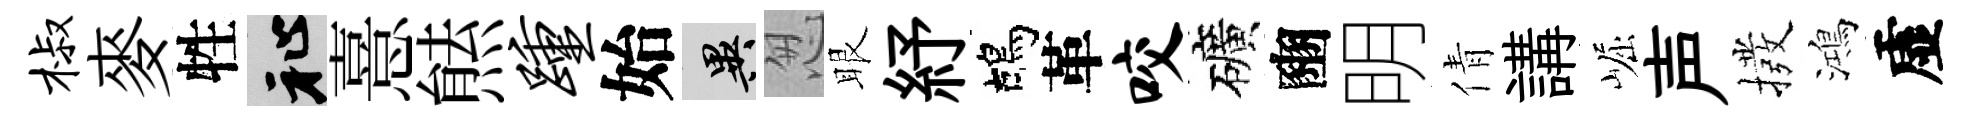
椒麥牲祉憙㷱踵始异怱眼紓鴣革咬礦豳明倩講崛声撥鴻虚